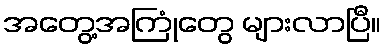
အတွေ့အကြုံတွေ များလာပြီ။